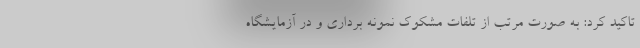
تاکید کرد: به صورت مرتب از تلفات مشکوک نمونه برداری و در آزمایشگاه